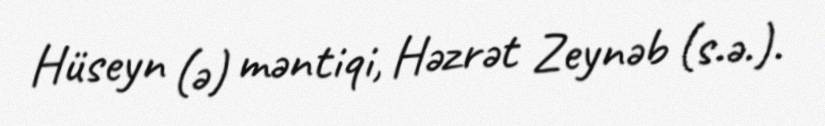
Hüseyn (ə) məntiqi, Həzrət Zeynəb (s.ə.).